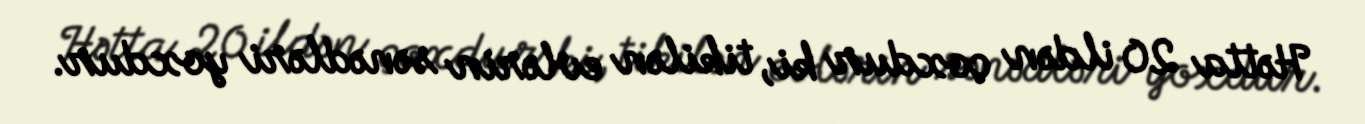
Hətta 20 ildən çoxdur ki, tikilən evlərin sənədləri yoxdur.